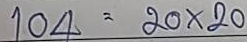
104 = 20 x 20